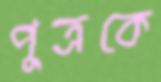
পুত্রকে